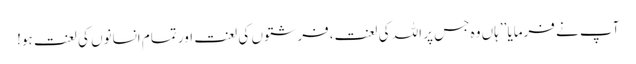
آپ نے فرمایا ’’ہاں وہ جس پر اللہ کی لعنت،فرشتوں کی لعنت اور تمام انسانوں کی لعنت ہو!